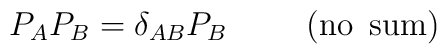
P_AP_B = \delta_{AB} P_B \hskip 1cm {\rm (no\hskip 0.2cm sum)}